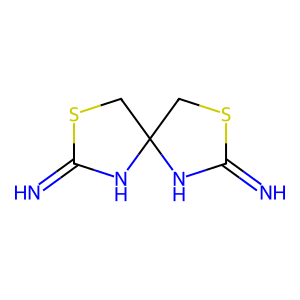
SMILES: N=C1NC2(CS1)CSC(=N)N2
Inhibits HIV replication: No